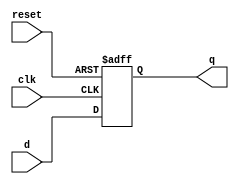
module latch (
    input wire clk,
    input wire reset,
    input wire d,
    output reg q
);

always @(posedge clk or posedge reset) begin
    if (reset) begin
        q <= 1'b0; // Initialize the latch to 0 when reset is high
    end else begin
        q <= d; // Store the input value in the latch
    end
end

endmodule